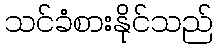
သင်ခံစားနိုင်သည်